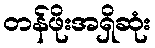
တန်ဖိုးအရှိဆုံး